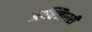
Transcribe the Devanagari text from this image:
आक्जिलरी